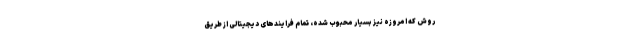
روش که امروزه نیز بسیار محبوب شده، تمام فرایندهای دیجیتالی از طریق